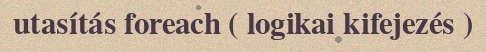
utasítás foreach ( logikai kifejezés )